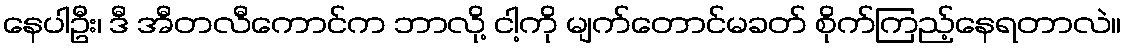
နေပါဦး၊ ဒီ အီတလီကောင်က ဘာလို့ ငါ့ကို မျက်တောင်မခတ် စိုက်ကြည့်နေရတာလဲ။